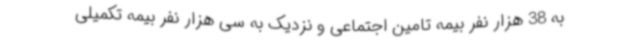
به 38 هزار نفر بیمه تامین اجتماعی و نزدیک به سی هزار نفر بیمه تکمیلی